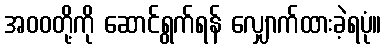
အဝဝတို့ကို ဆောင်ရွက်ရန် လျှောက်ထားခဲ့ရပုံ။